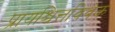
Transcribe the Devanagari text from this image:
प्रायश्चित्तविवेक